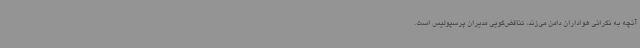
آنچه به نگرانی هواداران دامن می‌زند، تناقض‌گویی مدیران پرسپولیس است.